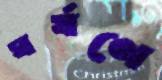
ঘর্ষণে